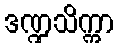
ဒဏ္ဍသိက္ကာ